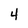
Character: 4